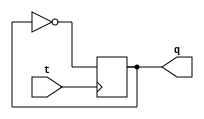
// T- 

module t_flipflop_ds(
    input t,
    output reg q
    );
    
initial q = 0;

always @(negedge t)
    q <= ~q;
    
endmodule